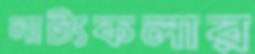
নাট্যকলার